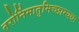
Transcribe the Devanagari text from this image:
तरोर्निमातुमिच्छाम्यधः